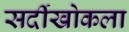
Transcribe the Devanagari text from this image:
सर्दीखोकला